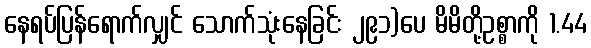
နေရပ်ပြန်ရောက်လျှင် သောက်သုံးနေခြင်း ၂၉၁)ပေ မိမိတို့ဥစ္စာကို 1.44